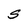
Character: S